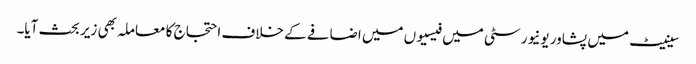
سینیٹ میں پشاور یونیورسٹی میں فیسیوں میں اضافے کے خلاف احتجاج کا معاملہ بھی زیر بحث آیا۔